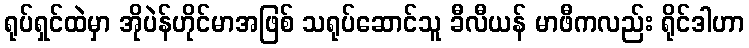
ရုပ်ရှင်ထဲမှာ အိုပဲန်ဟိုင်မာအဖြစ် သရုပ်ဆောင်သူ ခီလီယန် မာဖီကလည်း ရိုင်ဒါဟာ